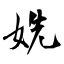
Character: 姺